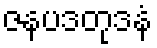
ဇနပဒတုဒနံ